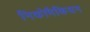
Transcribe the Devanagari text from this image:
निकोमैकियन